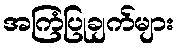
အကြံပြုချက်များ